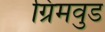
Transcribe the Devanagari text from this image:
ग्रिमवुड